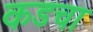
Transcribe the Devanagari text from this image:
कडचा